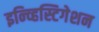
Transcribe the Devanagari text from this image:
इन्व्हिस्टिगेशन